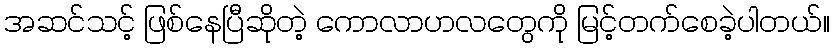
အဆင်သင့် ဖြစ်နေပြီဆိုတဲ့ ကောလာဟလတွေကို မြင့်တက်စေခဲ့ပါတယ်။